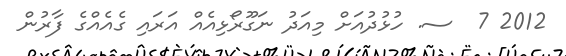
2012 7  ސ. ހުޅުދުއަށް މިއަދު ނަގޫރޯޅިއެއް އަރައި ގެއެއްގެ ފާރުން